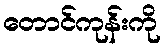
တောင်ကုန်းကို